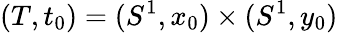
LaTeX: (T,t_{0})=(S^{1},x_{0})\times(S^{1},y_{0})